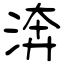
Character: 渀